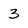
Character: 3